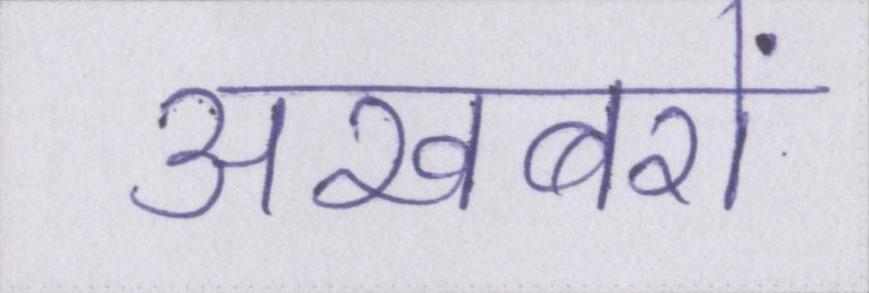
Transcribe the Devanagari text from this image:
अखबरों